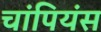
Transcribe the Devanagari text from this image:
चांपियंस